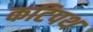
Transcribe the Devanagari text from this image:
कटिपथ